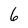
Character: 6